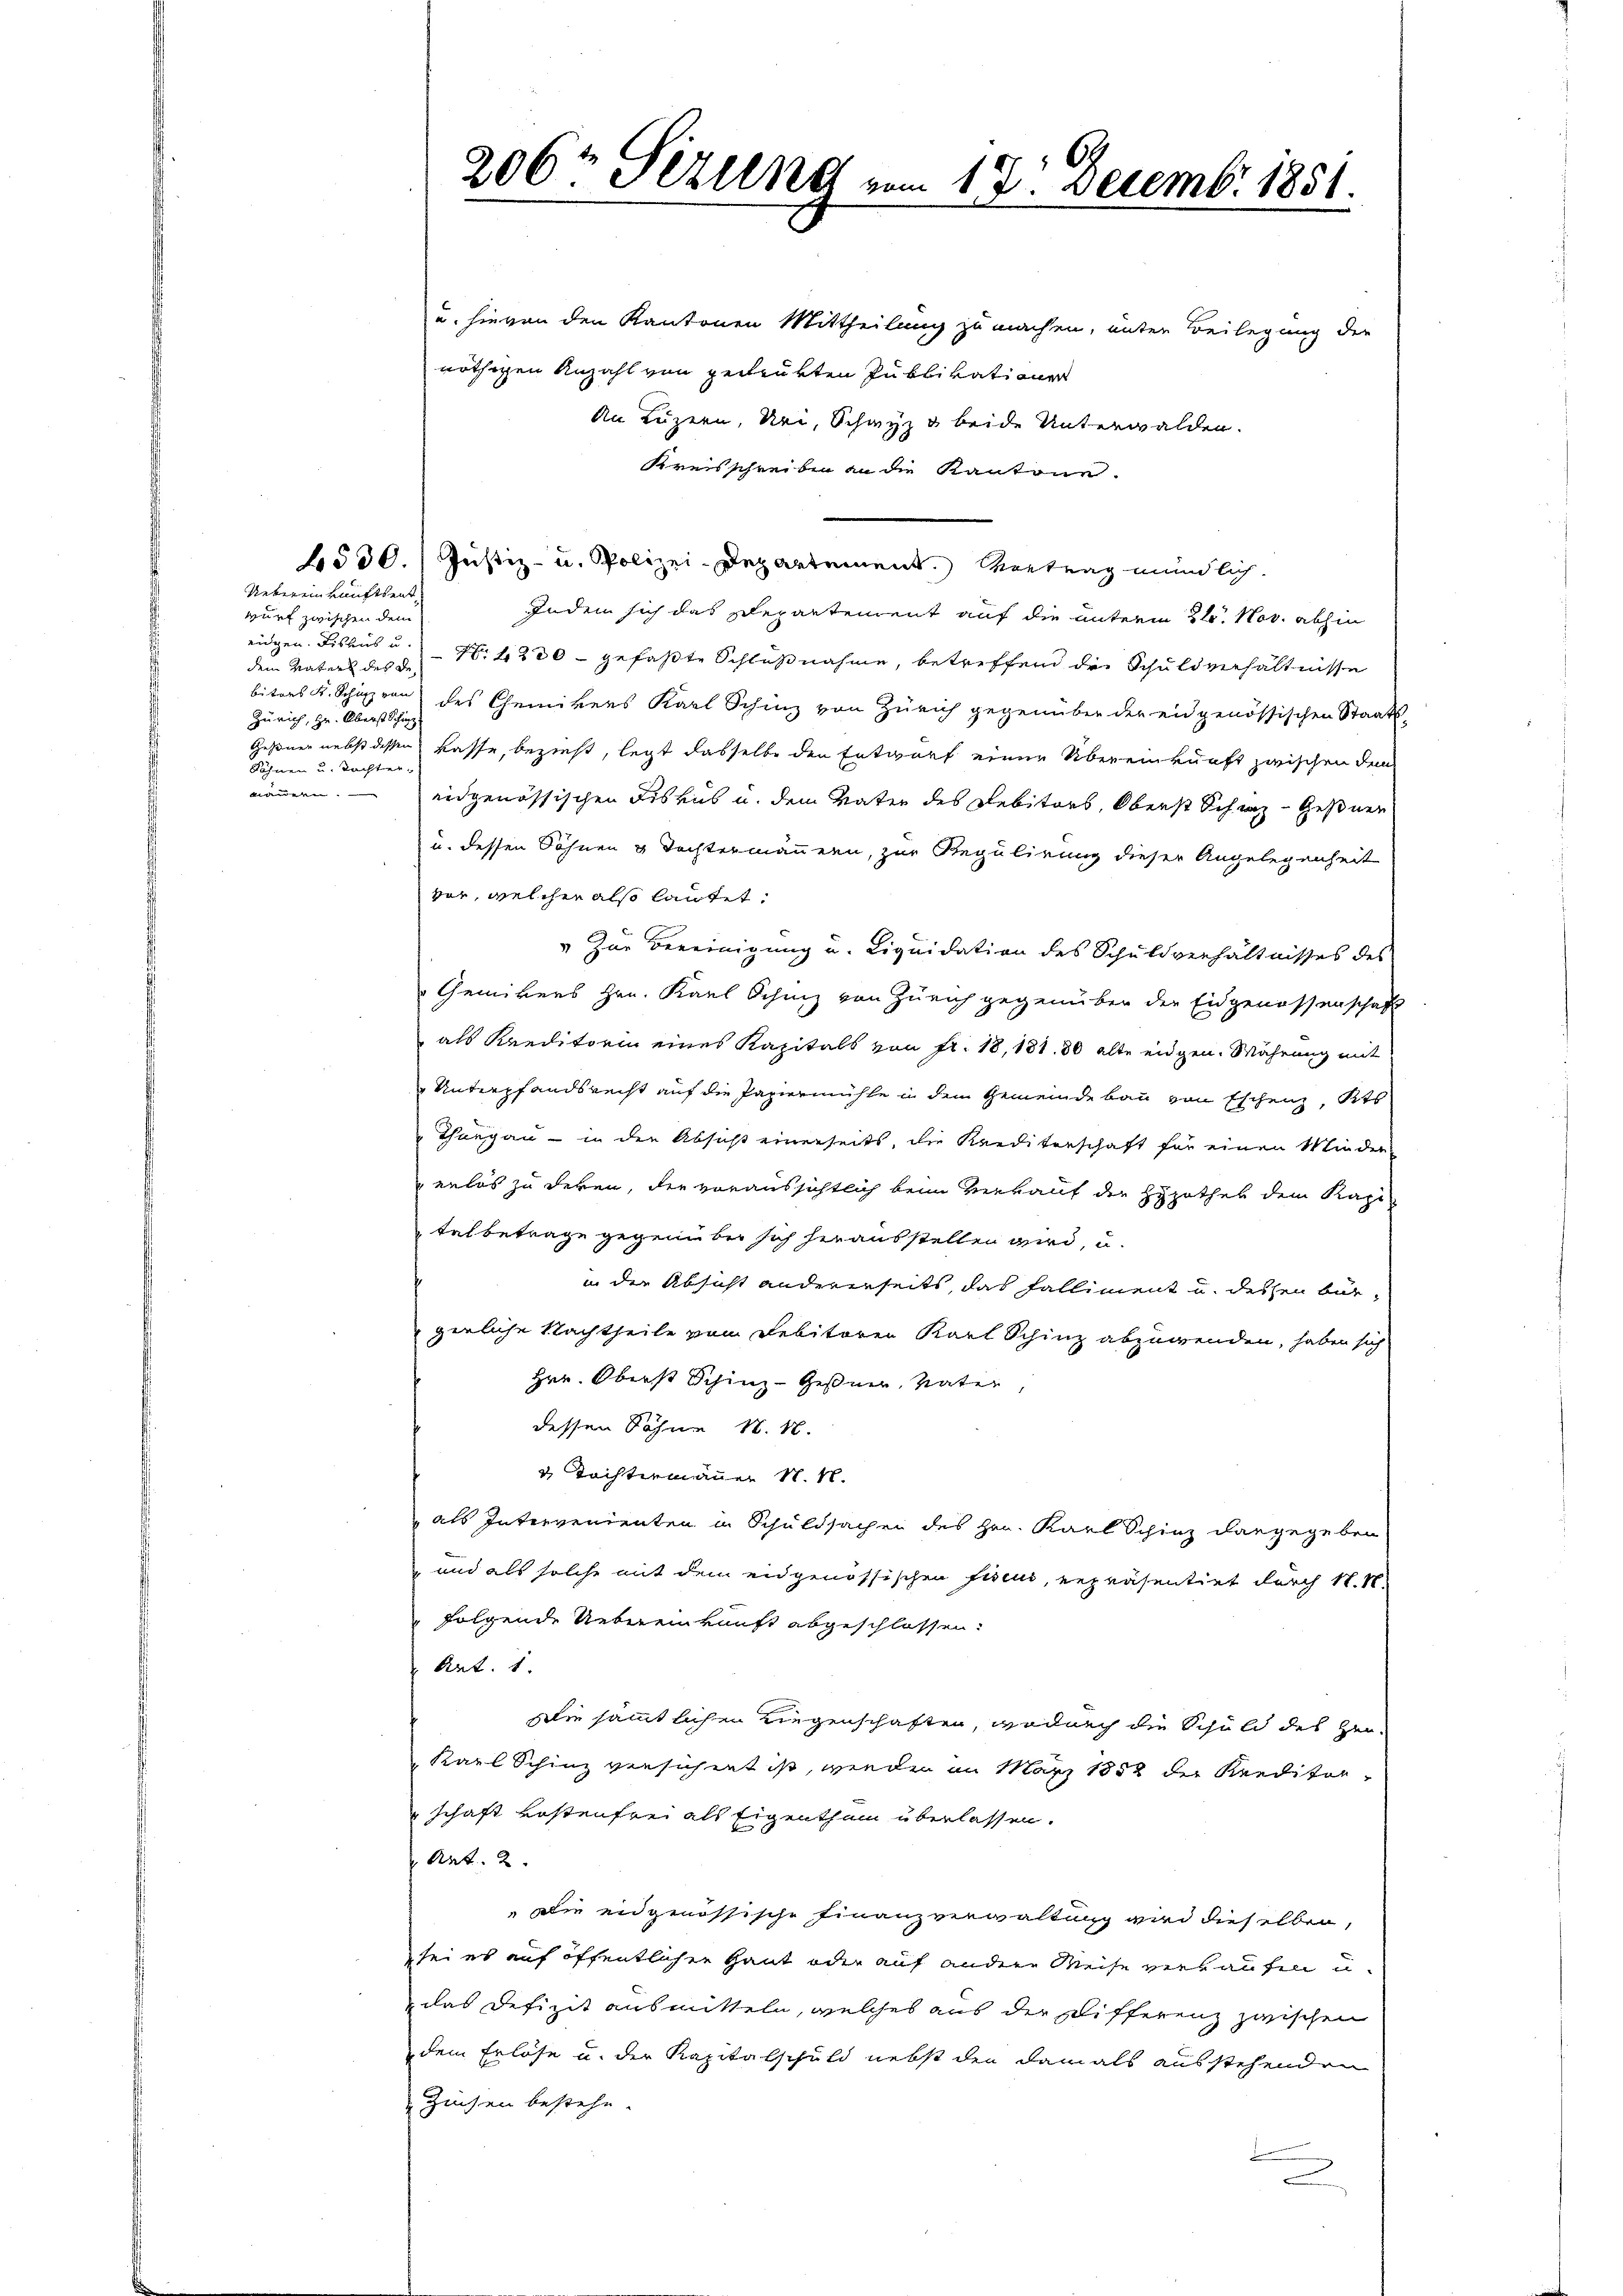
wurf zwischen dem
dem Vaters des De¬
Zürich, Hr. Oberst Schinz
Söhnen u. Tochter.

Uebereinkunftsent¬

69
206r Perung vom 12 Decemb. 1851.
e

u. hievon den Kantonen Mittheilung zu machen, unter Beilegung der
nöthigen Anzahl von gedrukten Publikationen
An Luzern, Uri, Schwyz u. beide Unterwalden.
Kreisschreiben an die Kantone.
530. Justiz- u. Polizei-Departement. Vortrag mündlich
Indem sich das Departement auf die unterm 21. Nov. abhin
eidgen. Fiskus u. Nr. 1200 - gefaßte Schlußnahme, betreffend die Schuldverhältnisse
biters K. Schäzern des Chemikers Karl Schinz von Zürich gegenüber der eidgenössischen Staats-
Gesinner nebst dessen kasse, bezieht, legt dasselbe den Entwurf einer Übereinkunft zwischen den
nömmern. eidgenössischen Fiskus u. dem Vater des Debitors, Oberst Schaz Geßner
u. dessen Söhnen & Tochtermännern, zur Regulirung dieser Angelegenheit
vor, welcher also lautet:
„Zur Bereinigung u. Liquidation des Schuldverhältnisses des
Gemikers Hrn. Karl Schinz von Zürich gegenüber der Eidgenossenschaft
als Kreditorin eines Kapitals von fr. 18, 181. 80 alte eidgen. Währung mit
Unterpfandsrecht auf die Papiermühle in dem Gemeinde bau von Eschenz, Kts
Thurgau - in den Absicht einerseits, die Krediterschaft für einen Minder
erlös zu deren, die voraussichtlich beim Verkauf der Hypother dem Kapi-
talbetrage gegenüber sich herausstellen wird, u.
in die Absicht andererseits, das Falliment u. dessen bur
gerliche Nachtheile vom Debitoren Karl Schinz abzuwenden, haben sich
Hrn. Oberst Schinz-Geßner, Vater,
dessen Söhne N. N.
v Töchtermanner N. N.
als Intervenienten in Schuldsachen des Hrn. Karl Schinz dargegeben
und als solche mit dem eidgenössischen Facus, repräsentirt durch N. N.
folgende Uebereinkunft abgeschlossen:
Art. 1.
Die sämmtlichen Liegenschaften, wodurch die Schuld des Hen-
Karl Schinz versichent ist, wieder in März 1852 der Kreditor
schaft kostenfrei als Eigenthum überlassen.
 Art. 2.
Die eidgenössische Finanzverwaltung wird dieselben,
sei es auf öffentlichen Haut oder auf andere Weise verkaufen u.
das Defizit ausmitteln, welches aus der Schifferenz zwischen
dem Erlöse u. der Kapitalschuld nebst den damals ausstehenden
Zechen bestehe.
2